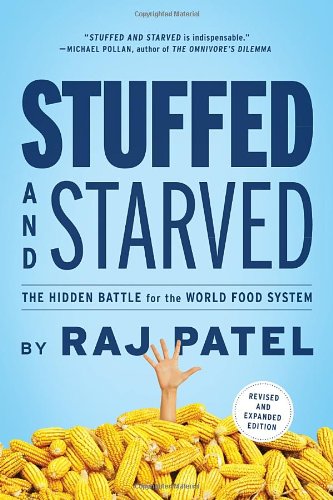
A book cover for Stuffed and Starved: The Hidden Battle for the World Food System - Revised and Updated; Raj Patel; Science & Math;